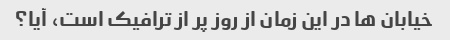
خیابان ها در این زمان از روز پر از ترافیک است، آیا؟